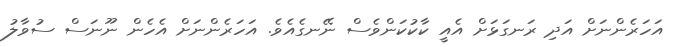
އަހަރެންނަށް އަދި ރަނގަޅަށް އެއީ ކާކުކަންވެސް ނޭނގެއެވެ. އަހަރެންނަށް އެހެން ނޫނަސް ސުވާލު